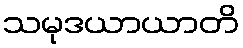
သမုဒယာယာတိ